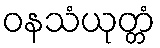
ဝနသံယုတ္တံ